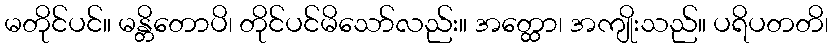
မတိုင်ပင်။ မန္တိတောပိ၊ တိုင်ပင်မိသော်လည်း။ အတ္ထော၊ အကျိုးသည်။ ပရိပတတိ၊